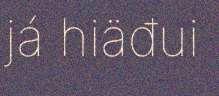
já hiäđui